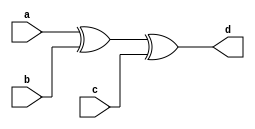
module even_parity_gen(input a,b,c,output reg d);
  
  always @(*)
    begin
      d <= a ^ b ^ c;
    end
endmodule